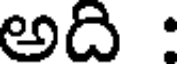
అది :